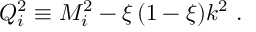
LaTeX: Q _ { i } ^ { 2 } \equiv M _ { i } ^ { 2 } - \xi \, ( 1 - \xi ) k ^ { 2 } \, \, .